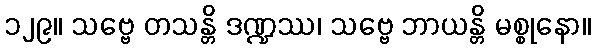
၁၂၉။ သဗ္ဗေ တသန္တိ ဒဏ္ဍဿ၊ သဗ္ဗေ ဘာယန္တိ မစ္စုနော။